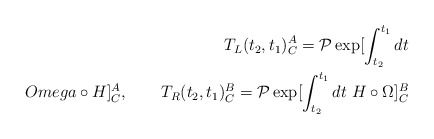
\begin{align*}T_L(t_2,t_1)^A_C = {\cal P} \exp [\int_{t_2}^{t_1}dt \\Omega\circ H]^A_C, \qquad T_R(t_2,t_1)^B_C = {\cal P}\exp [\int_{t_2}^{t_1}dt \ H \circ \Omega]^B_C\end{align*}